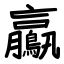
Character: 鸁